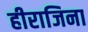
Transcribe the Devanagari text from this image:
हीराजिना